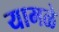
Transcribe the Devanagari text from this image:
यामळे